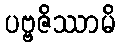
ပဗ္ဗဇိဿာမိ